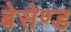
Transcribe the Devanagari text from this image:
बेसेण्ड